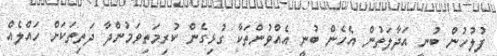
ފުލުހުން ބުނީ އަދާލަތުން އެހެން ބުނީ އެއްވުންތަކާ ގުޅިގެން ކުރިމަތިވަމުންދާ ދަތިތަކަށް ހައްލެއް